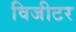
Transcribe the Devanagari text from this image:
विजीटर